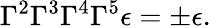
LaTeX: \Gamma^{2}\Gamma^{3}\Gamma^{4}\Gamma^{5}\epsilon=\pm\epsilon.